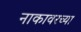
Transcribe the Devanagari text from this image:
नाकावरच्या